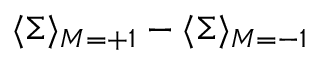
\langle \Sigma \rangle _ { M = + 1 } - \langle \Sigma \rangle _ { M = - 1 }